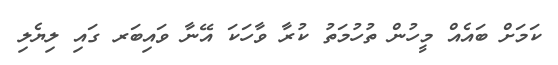
ކަމަށް ބައެއް މީހުން ތުހުމަތު ކުރާ ވާހަކަ އޭނާ ވައިބަރ ގައި ލިޔެލި